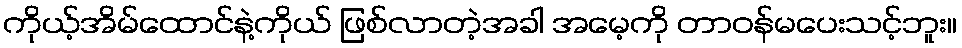
ကိုယ့်အိမ်ထောင်နဲ့ကိုယ် ဖြစ်လာတဲ့အခါ အမေ့ကို တာဝန်မပေးသင့်ဘူး။